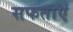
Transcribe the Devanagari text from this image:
सफताएं